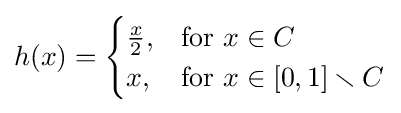
h(x)={\begin{cases}{\frac {x}{2}},&\mathrm {for} \ x\in C\\x,&\mathrm {for} \ x\in [0,1]\smallsetminus C\end{cases}}